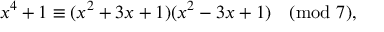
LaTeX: x ^ { 4 } + 1 \equiv ( x ^ { 2 } + 3 x + 1 ) ( x ^ { 2 } - 3 x + 1 ) { \pmod { 7 } } , \qquad